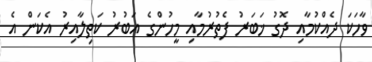
ވާހަކަ ދެއްކުމާއި ދޮގު ޚަބަރު ފެތުރުމާއި މީހުންގެ އަބުރު ކަތިލާއިރު އެކަން އެ